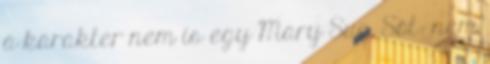
a karakter nem is egy Mary Sue. Sőt: nem